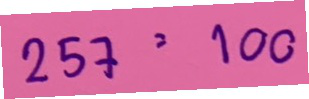
257 = 100